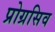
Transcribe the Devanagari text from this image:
प्रोग्रसिव